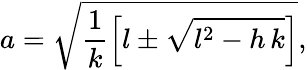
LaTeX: a=\sqrt{\frac{1}{k}\left[l\pm\sqrt{l^{2}-h\, k}\right]},